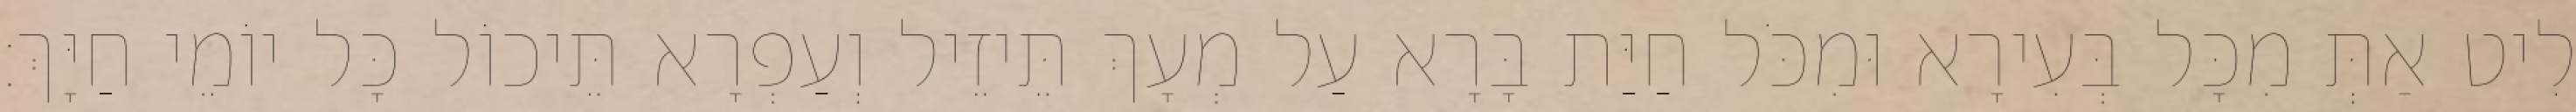
לִיט אַתְּ מִכָּל בְּעִירָא וּמִכֹּל חַיַּת בָּרָא עַל מְעָךְ תֵּיזֵיל וְעַפְרָא תֵּיכוֹל כָּל יוֹמֵי חַיָּךְ׃